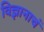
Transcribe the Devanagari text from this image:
विज्ञानाचं